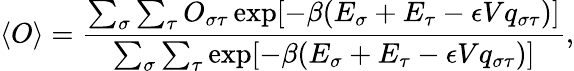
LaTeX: \langle O\rangle=\frac{\sum_{\sigma}\sum_{\tau}O_{\sigma\tau}\exp[-\beta(E_{\sigma}+E_{\tau}-\epsilon Vq_{\sigma\tau})]}{\sum_{\sigma}\sum_{\tau}\exp[-\beta(E_{\sigma}+E_{\tau}-\epsilon Vq_{\sigma\tau})]},